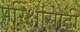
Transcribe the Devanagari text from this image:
परिक्षांसाठी